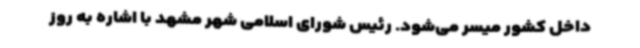
داخل کشور میسر می‌شود. رئیس شورای اسلامی شهر مشهد با اشاره به روز